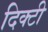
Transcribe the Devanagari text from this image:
दिक्टी